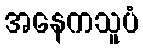
အနေကသူပံ